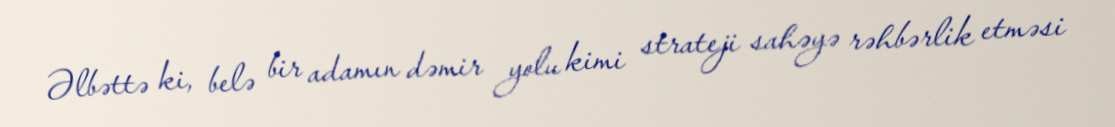
Əlbəttə ki, belə bir adamın dəmir yolu kimi strateji sahəyə rəhbərlik etməsi